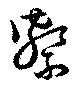
繋